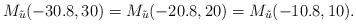
LaTeX: \begin{align*}M_{\tilde{u}}(-30.8,30)=M_{\tilde{u}}(-20.8,20)=M_{\tilde{u}}(-10.8,10).\end{align*}